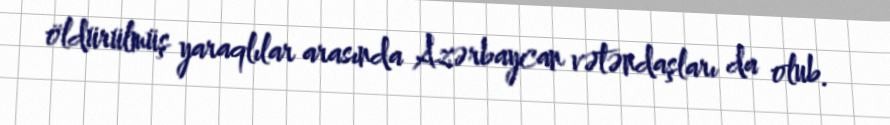
öldürülmüş yaraqlılar arasında Azərbaycan vətəndaşları da olub.